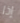
إذا